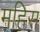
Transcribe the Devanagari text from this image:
महिस